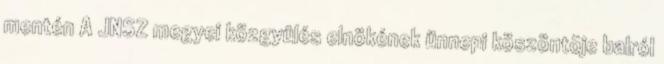
mentén A JNSZ megyei közgyûlés elnökének ünnepi köszöntõje balról